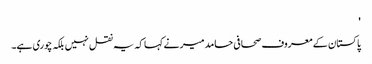
'
پاکستان کے معروف صحافی حامد میر نے کہا کہ یہ نقل نہیں بلکہ چوری ہے۔